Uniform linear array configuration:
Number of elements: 48
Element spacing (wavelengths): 0.5
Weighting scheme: cosine
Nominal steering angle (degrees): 0
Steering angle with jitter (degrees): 1.79
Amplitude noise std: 0.05
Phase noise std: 0.05

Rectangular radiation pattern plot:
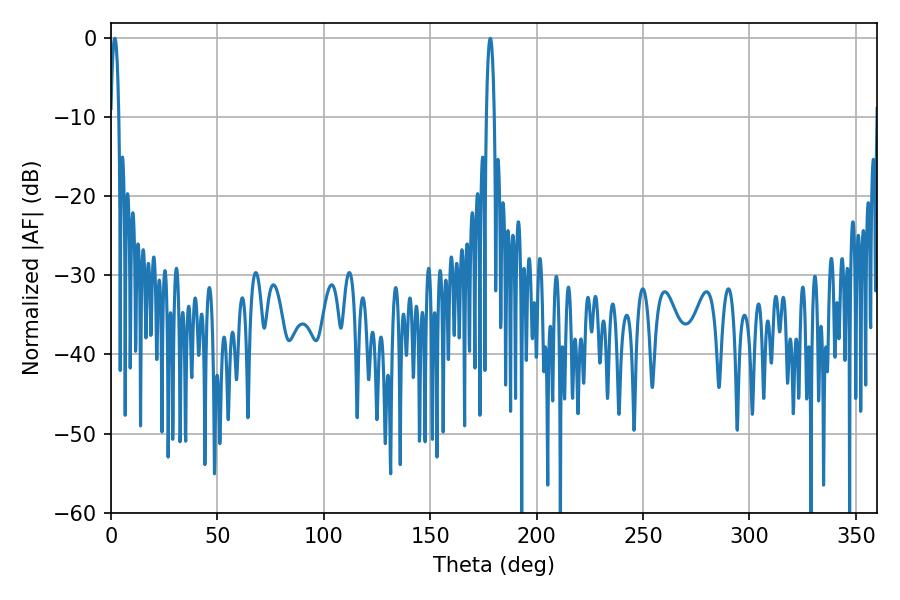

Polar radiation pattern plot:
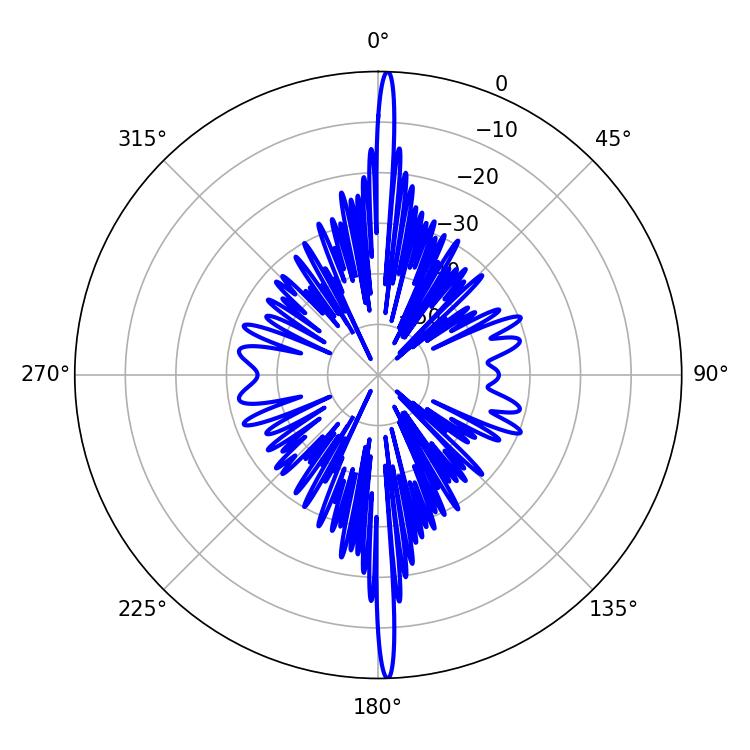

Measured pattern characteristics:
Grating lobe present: FALSE
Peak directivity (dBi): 28.766
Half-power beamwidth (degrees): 2.16
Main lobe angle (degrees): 1.8